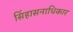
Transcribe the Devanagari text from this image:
सिंहासनाधिकार